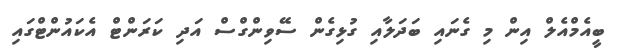
ބީއެމްއެލް އިން މި ގެނައި ބަދަލާއި ގުޅިގެން ސޭވިންގްސް އަދި ކަރަންޓް އެކައުންޓްގައި